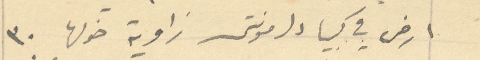
ارض في كبيا دلمونتي زاوية حولها ۳٠